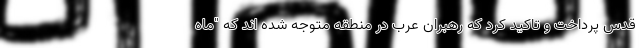
قدس پرداخت و تاکید کرد که رهبران عرب در منطقه متوجه شده اند که "ماه